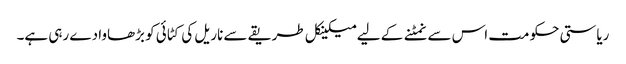
ریاستی حکومت اس سے نمٹنے کے لیے میکینکل طریقے سے ناریل کی کٹائی کو بڑھاوا دے رہی ہے۔